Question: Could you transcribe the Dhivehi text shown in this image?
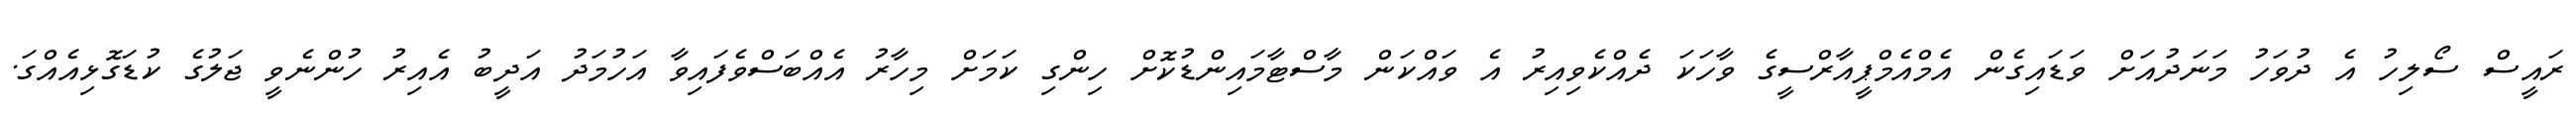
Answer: ރައީސް ސޯލިހު އެ ދުވަހު މަނަދުއަށް ވަޑައިގެން އެމްއެމްޕީއާރްސީގެ ވާހަކަ ދެއްކެވިއިރު އެ ވައްކަން މާސްޓާމައިންޑުކޮށް ހިންގި ކަމަށް މިހާރު އެއްބަސްވެފައިވާ އަހުމަދު އަދީބު އެއިރު ހުންނެވީ ޖަލުގެ ކުޑަގޮޅިއެއްގަ.